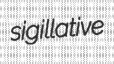
sigillative